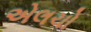
એલચો